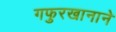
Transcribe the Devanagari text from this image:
गफुरखानाने